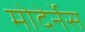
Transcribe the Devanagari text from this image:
मोदेर्नेस